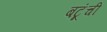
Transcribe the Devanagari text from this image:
बटूंची